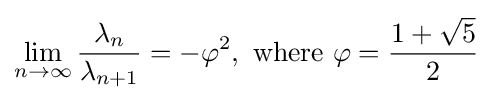
\lim _{n\to \infty }{\frac {\lambda _{n}}{\lambda _{n+1}}}=-\varphi ^{2},{\text{ where }}\varphi ={\frac {1+{\sqrt {5}}}{2}}